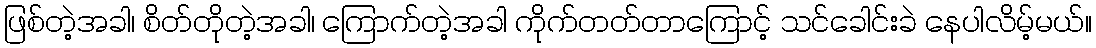
ဖြစ်တဲ့အခါ၊ စိတ်တိုတဲ့အခါ၊ ကြောက်တဲ့အခါ ကိုက်တတ်တာကြောင့် သင်ခေါင်းခဲ နေပါလိမ့်မယ်။